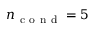
n _ { \mathrm { ~ c ~ o ~ n ~ d ~ } } = 5